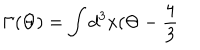
LaTeX: \Gamma ( \Theta ) = \int d ^ { 3 } x ( \Theta - \frac { 4 } { 3 }